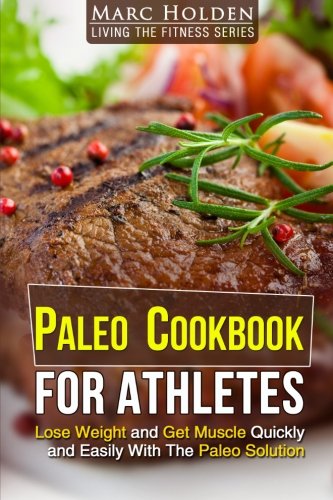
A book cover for PALEO COOKBOOK FOR ATHLETES: Lose Weight And Get Muscle Quickly And Easily With The Paleo Solution; Marc Holden; Health, Fitness & Dieting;